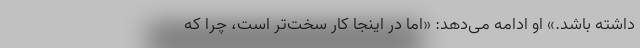
داشته باشد.» او ادامه می‌دهد: «اما در اینجا کار سخت‌تر است، چرا که